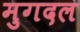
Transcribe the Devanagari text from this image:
मुगदल